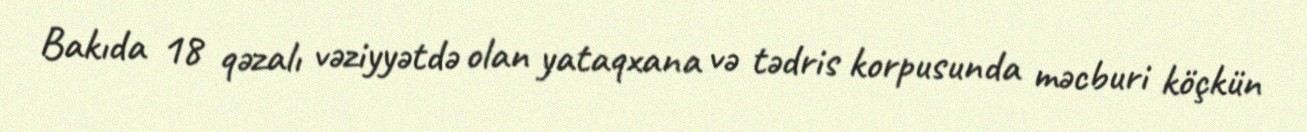
Bakıda 18 qəzalı vəziyyətdə olan yataqxana və tədris korpusunda məcburi köçkün